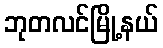
ဘုတလင်မြို့နယ်